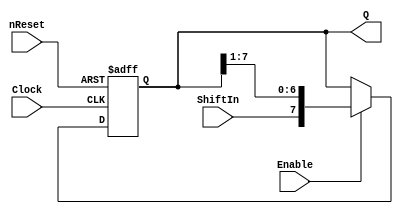
//		sreg8.v
// Shift Registr de 8 bits
// Desplaza Q a la derecha con Enable=1 y clock

module sreg8(	output reg [7:0] Q,
				input ShiftIn,
				input Enable,
				input Clock,
				input nReset);

reg [7:0] Qr;

// Calculo asncrono de registro auxiliar Qr
always @ (Q, ShiftIn, Enable) begin
	Qr = Q;
	if(Enable == 1)
		Qr = {ShiftIn, Q[7:1]};
end

// Reset y asignacin de Qr con clock
always @ (posedge Clock, negedge nReset) begin
	if(nReset == 0)
		#2 Q = 0;
	else
		#2 Q = Qr;
end
endmodule